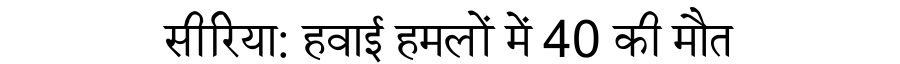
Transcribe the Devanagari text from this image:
सीरिया: हवाई हमलों में 40 की मौत